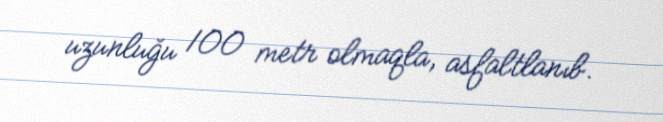
uzunluğu 100 metr olmaqla, asfaltlanıb.